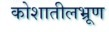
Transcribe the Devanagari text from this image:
कोशातीलभ्रूण